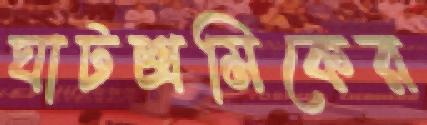
ঘাটশ্রমিকের